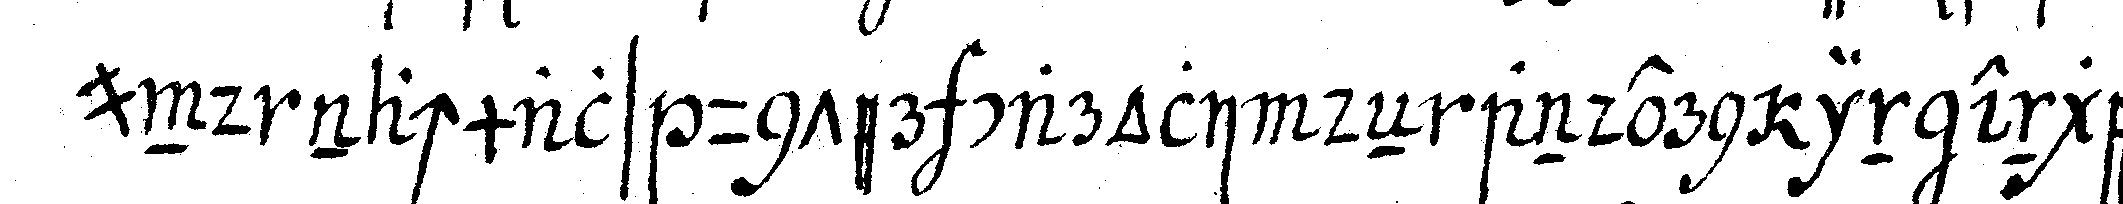
und nachmals unter caroli deN andern in engell